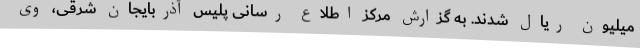
میلیون ریال شدند. به گزارش مرکز اطلاع رسانی پلیس آذربایجان شرقی، وی